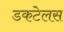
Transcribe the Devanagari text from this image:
डकटेलस